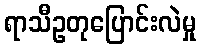
ရာသီဥတုပြောင်းလဲမှု